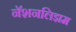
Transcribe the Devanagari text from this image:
नॅशनलिझम